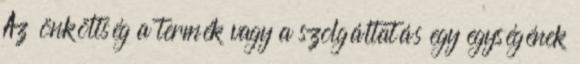
Az önköltség a termék vagy a szolgáltatás egy egységének